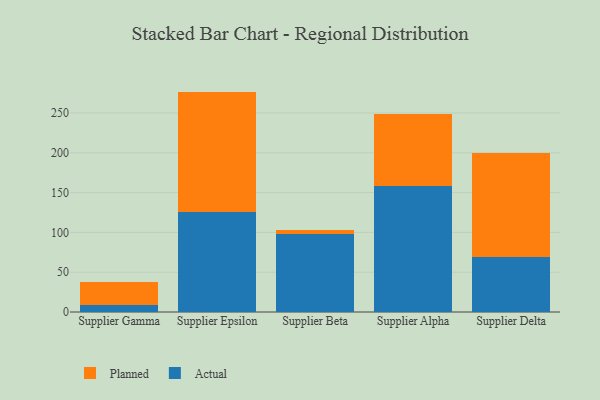
{"axis": {"x": "Supplier", "y": "Inventory Turnover"}, "legend": ["Actual", "Planned"], "data": [{"x": "Supplier Gamma", "y": 8.5, "type": "Actual"}, {"x": "Supplier Gamma", "y": 28.8, "type": "Planned"}, {"x": "Supplier Epsilon", "y": 125.6, "type": "Actual"}, {"x": "Supplier Epsilon", "y": 151.2, "type": "Planned"}, {"x": "Supplier Beta", "y": 97.9, "type": "Actual"}, {"x": "Supplier Beta", "y": 5.2, "type": "Planned"}, {"x": "Supplier Alpha", "y": 158.4, "type": "Actual"}, {"x": "Supplier Alpha", "y": 90.6, "type": "Planned"}, {"x": "Supplier Delta", "y": 68.5, "type": "Actual"}, {"x": "Supplier Delta", "y": 130.6, "type": "Planned"}]}